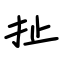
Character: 扯